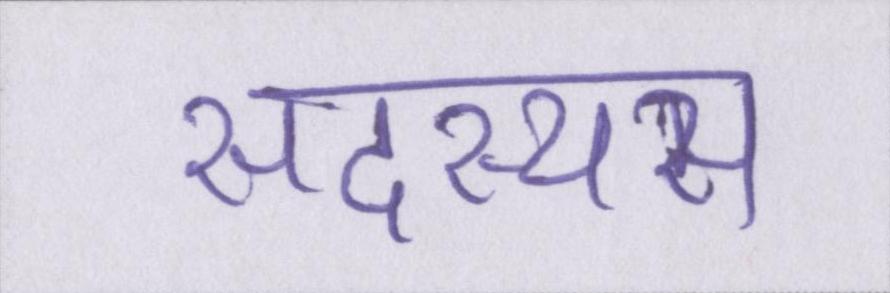
सदस्यस